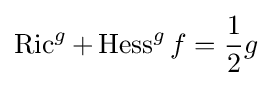
\operatorname {Ric} ^{g}+\operatorname {Hess} ^{g}f={\frac {1}{2}}g